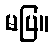
မပြ။